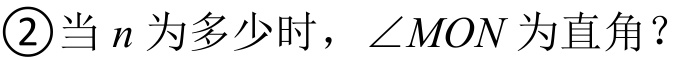
\textcircled{2}当\(n\)为多少时，\(\angle MON\)为直角？